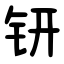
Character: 钘